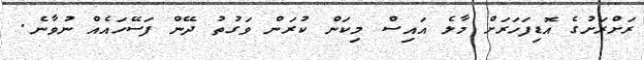
ރަށްރަށުގެ އޮޑިފަހަރަށް މާލެ އައިސް މިކަން ކުރަން ވަގުތު ދޭން ފަސޭހައެއް ނުވާނެ.